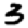
Digit: 3